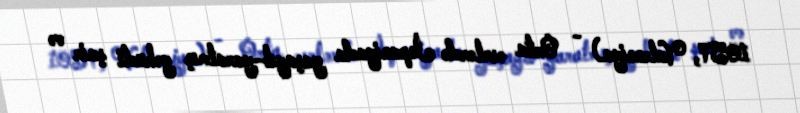
1057, Valensiya) - Orta əsrlərdə İspaniyada yaşayıb-yaratmış yəhudi şair və